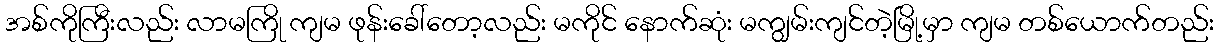
အစ်ကိုကြီးလည်း လာမကြို ကျမ ဖုန်းခေါ်တော့လည်း မကိုင် နောက်ဆုံး မကျွမ်းကျင်တဲ့မြို့မှာ ကျမ တစ်ယောက်တည်း